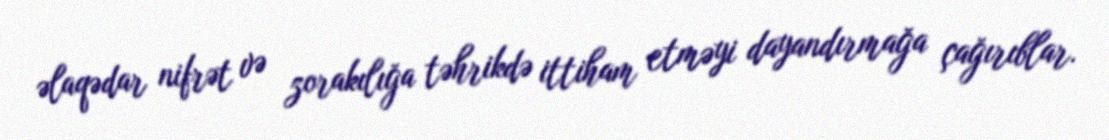
əlaqədar nifrət və zorakılığa təhrikdə ittiham etməyi dayandırmağa çağırıblar.